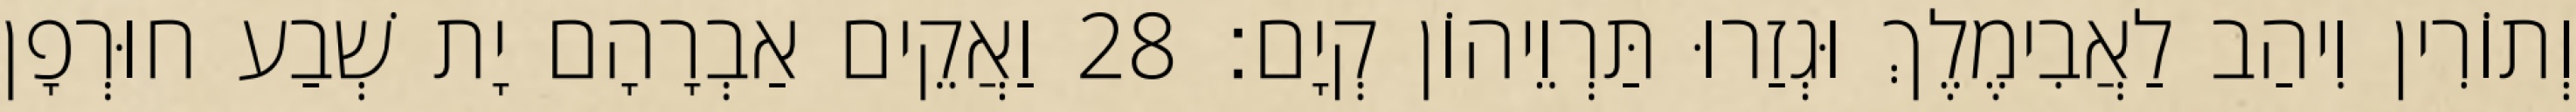
וְתוֹרִין וִיהַב לַאֲבִימֶלֶךְ וּגְזַרוּ תַּרְוֵיהוֹן קְיָם׃ 28 וַאֲקֵים אַבְרָהָם יָת שְׁבַע חוּרְפָן